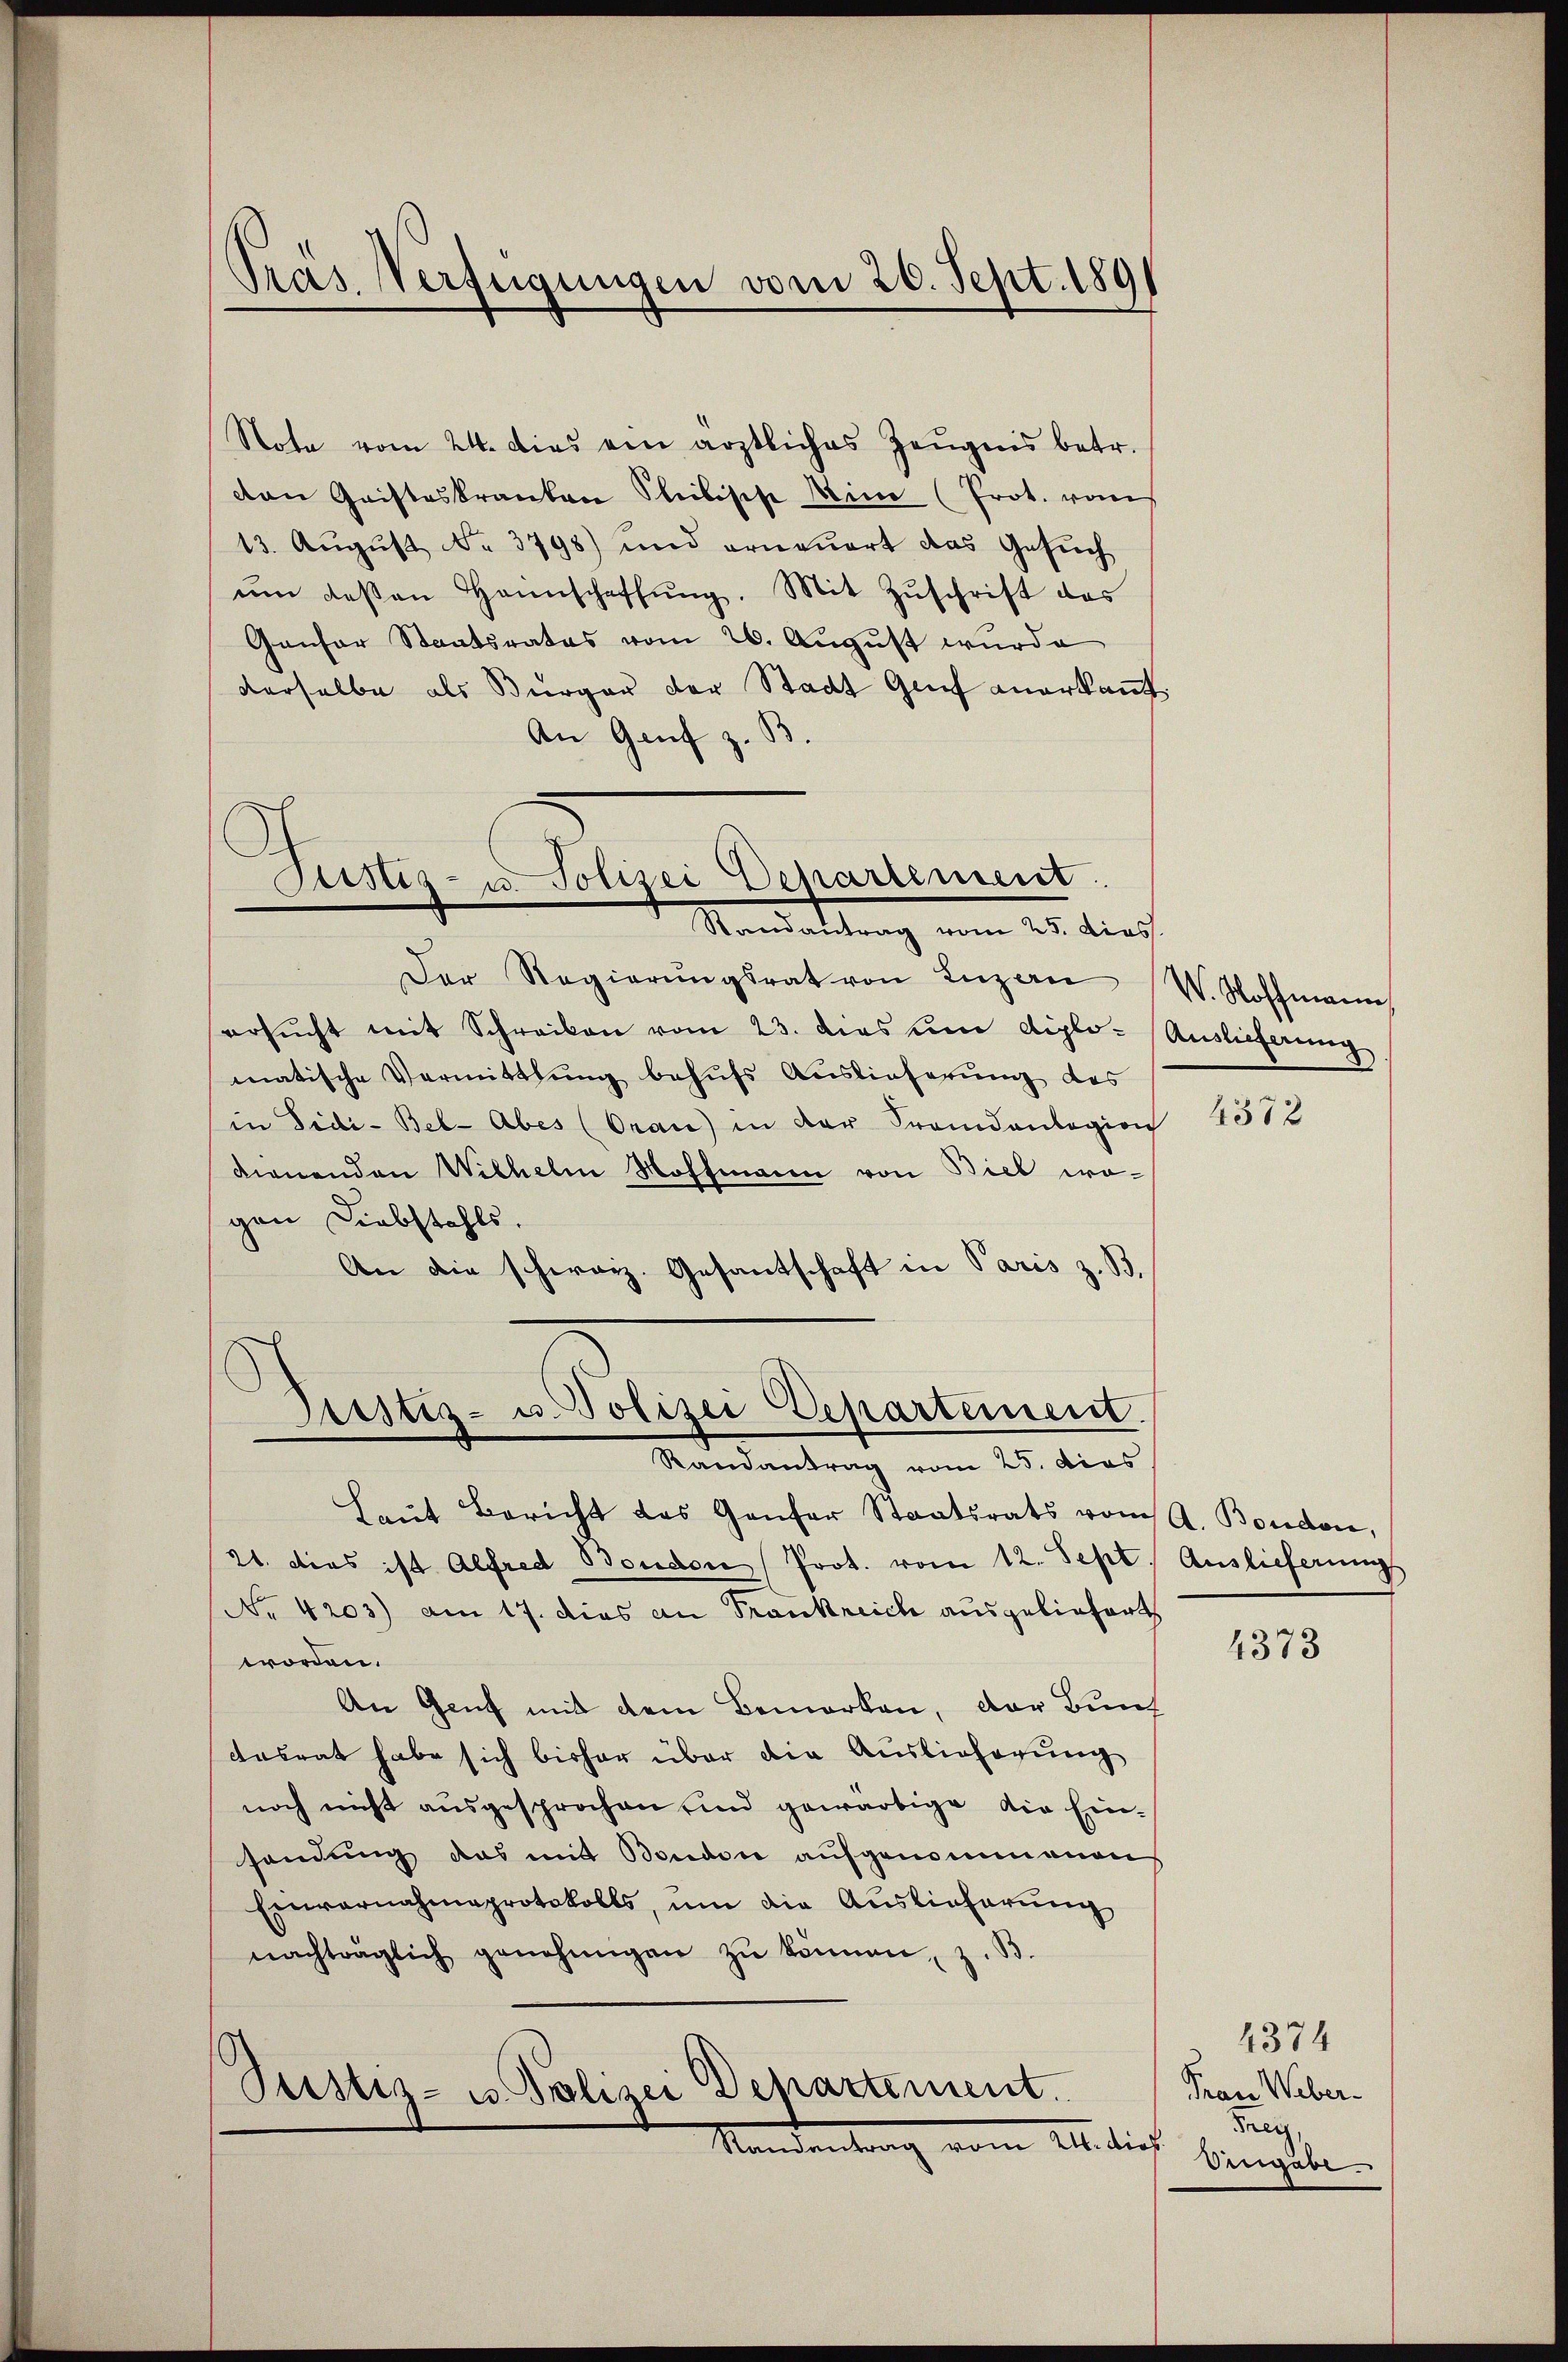
Note vom 24. dies ein ärztliches Zeŭgnis betr.
can Gristeskranken Stilische Mina (Prot. vom
13. August No. 3798) und erneuert das Gesuch
ŭm deβen Hannschaffŭng. Mit Zŭschrift des
Gansor Staatsrates vom 26. August wurde
derselbe als Bürger der Stadt Genf anerkannt.
An Genf z. B.

Präs. Verfügungen vom 26. Sept. 1891

Justiz- u. Polizei Departement.
Randantrag vom 25. dies.

Justiz- u. Polizei Departement.
Randantrag vom 25. Dies

Der Regierŭngsrat von Luzern V. Stoffmann,
ersŭcht mit Schreiben vom 23. dies ŭm diplo- Auslieferung
matische Vermittlung behufs Auslieferung des
in Fidi-Bel- Aber (Orau) in der Frandanlegion
dienenden Wilhelm Hoffmann von Biel wogen Diebstahls.
An die schweiz. Gesantschaft in Paris z. B.
Haut Bericht des Ganfer Staatsrats vom A. Bondon,
21. dies ist Alfred Bondore Prot. vom 12. Sept. Auslieferungs
No. 4203) am 17. dies an Frankreich ausgeliefert
worden.
An Genf mit dem Bemerken, der Bun
dasrat habe sich bisher über die Auslieferung
noch nicht ausgesprochen und gewärtige die Einsendung das mit Bondon aufgenommenen
Einvernahmsprotokolls, um die Auslieferung
nachträglich genehmigen zŭ können, z. B.
Pustiz- u. Polizei Departement.
Mandentrag vom 2. dies

4372

4373

4374
Frau Weber-
uung,
Eingabe